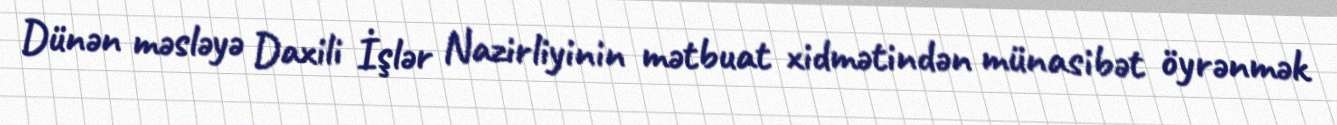
Dünən məsləyə Daxili İşlər Nazirliyinin mətbuat xidmətindən münasibət öyrənmək